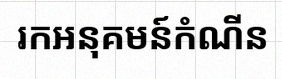
រកអនុគមន៍កំណើន